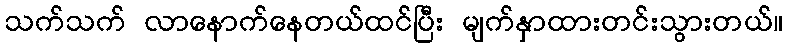
သက်သက် လာနောက်နေတယ်ထင်ပြီး မျက်နှာထားတင်းသွားတယ်။